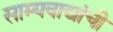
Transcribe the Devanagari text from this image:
साम्यवाद्यांची